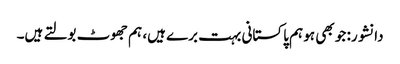
دانشور: جو بھی ہو ہم پاکستانی بہت برے ہیں، ہم جھوٹ بولتے ہیں۔